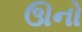
ઊનો